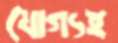
যোগ্যই